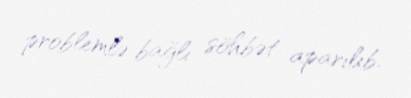
problemlə bağlı söhbət aparılıb.